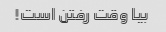
بیا وقت رفتن است!